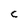
Character: C